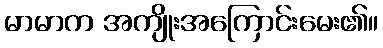
မာမာက အကျိုးအကြောင်းမေး၏။